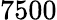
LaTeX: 7500